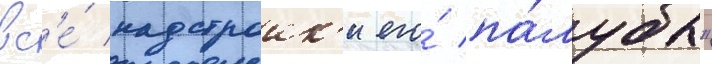
вс'е́ надстроик'и его́ па́лубы"